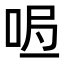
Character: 𭇰